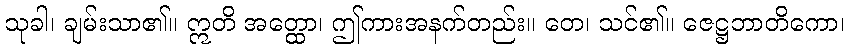
သုခါ၊ ချမ်းသာ၏။ ဣတိ အတ္ထော၊ ဤကားအနက်တည်း။ တေ၊ သင်၏။ ဇေဋ္ဌဘာတိကော၊